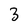
Character: 3